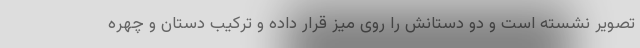
تصویر نشسته است و دو دستانش را روی میز قرار داده و ترکیب دستان و چهره